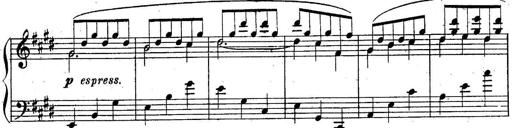
Title: Sonatine
Composer: Adrian Shaposhnikov
Key: E minor